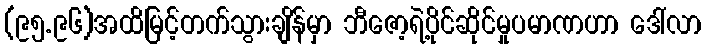
(၉၅.၉၆)အထိမြင့်တက်သွားချိန်မှာ ဘီဇော့ရဲ့ပိုင်ဆိုင်မှုပမာဏဟာ ဒေါ်လာ